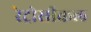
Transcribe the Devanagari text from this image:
रेट्रोसीकल